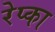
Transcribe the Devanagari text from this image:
रेप्का